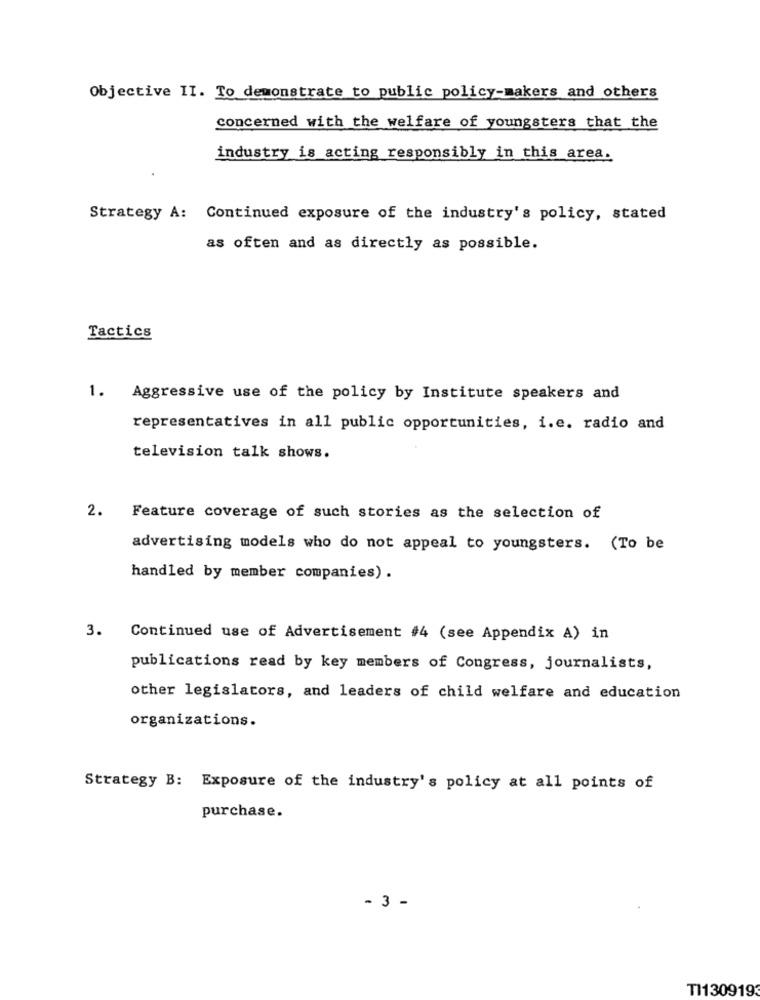
Objective II. To demonstrate to public policy-makers and others
concerned with the welfare of youngsters that the
industry is acting responsibly in this area.
Strategy A: Continued exposure of the industry's policy, stated
as often and as directly as possible.
Tactics
1. Aggressive use of the policy by Institute speakers and
representatives in all public opportunities, i.e. radio and
television talk shows.
2. Feature coverage of such stories as the selection of
advertising models who do not appeal to youngsters. (To be
handled by member companies) .
3.
Continued use of Advertisement #4 (see Appendix A) in
publications read by key members of Congress, journalists,
other legislators, and leaders of child welfare and education
organizations.
Strategy B: Exposure of the industry's policy at all points of
purchase.
- 3 -
TI130919